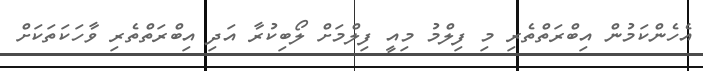
އެހެންކަމުން އިބްރަތްތެރި މި ފިލްމު މިއީ ފިލްމަށް ލޯބިކުރާ އަދި އިބްރަތްތެރި ވާހަކަތަކަށް